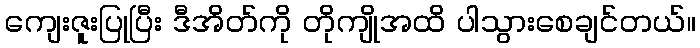
ကျေးဇူးပြုပြီး ဒီအိတ်ကို တိုကျိုအထိ ပါသွားစေချင်တယ်။